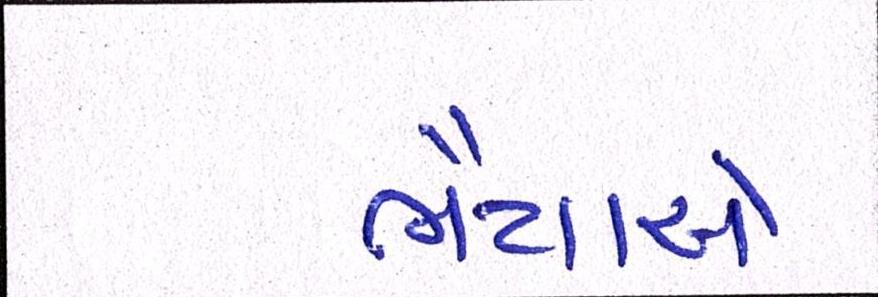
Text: ભૈયાએ